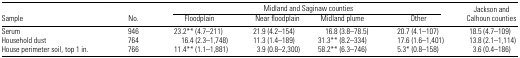
<table><thead><tr><td rowspan="2"><b>Sample</b></td><td rowspan="2"><b>No.</b></td><td colspan="4"><b>Midland and Saginaw counties</b></td><td rowspan="2"><b>Jackson and Calhoun counties</b></td></tr><tr><td><b>Floodplain</b></td><td><b>Near floodplain</b></td><td><b>Midland plume</b></td><td><b>Other</b></td></tr></thead><tbody><tr><td>Serum</td><td>946</td><td>23.2** (4.7–211)</td><td>21.9 (4.2–154)</td><td>16.8 (3.8–78.5)</td><td>20.7 (4.1–107)</td><td>18.5 (4.7–109)</td></tr><tr><td>Household dust</td><td>764</td><td>16.4 (2.3–1,748)</td><td>11.3 (1.4–189)</td><td>31.3** (8.2–334)</td><td>17.6 (1.6–1,401)</td><td>13.8 (2.1–1,114)</td></tr><tr><td>House perimeter soil, top 1 in.</td><td>766</td><td>11.4** (1.1–1,881)</td><td>3.9 (0.8–2,300)</td><td>58.2** (6.3–746)</td><td>5.3* (0.8–158)</td><td>3.6 (0.4–186)</td></tr></tbody></table>